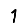
Digit: 1